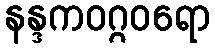
နန္ဒကဝဂ္ဂဝရော